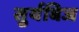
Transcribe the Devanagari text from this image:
सुर्यबिज